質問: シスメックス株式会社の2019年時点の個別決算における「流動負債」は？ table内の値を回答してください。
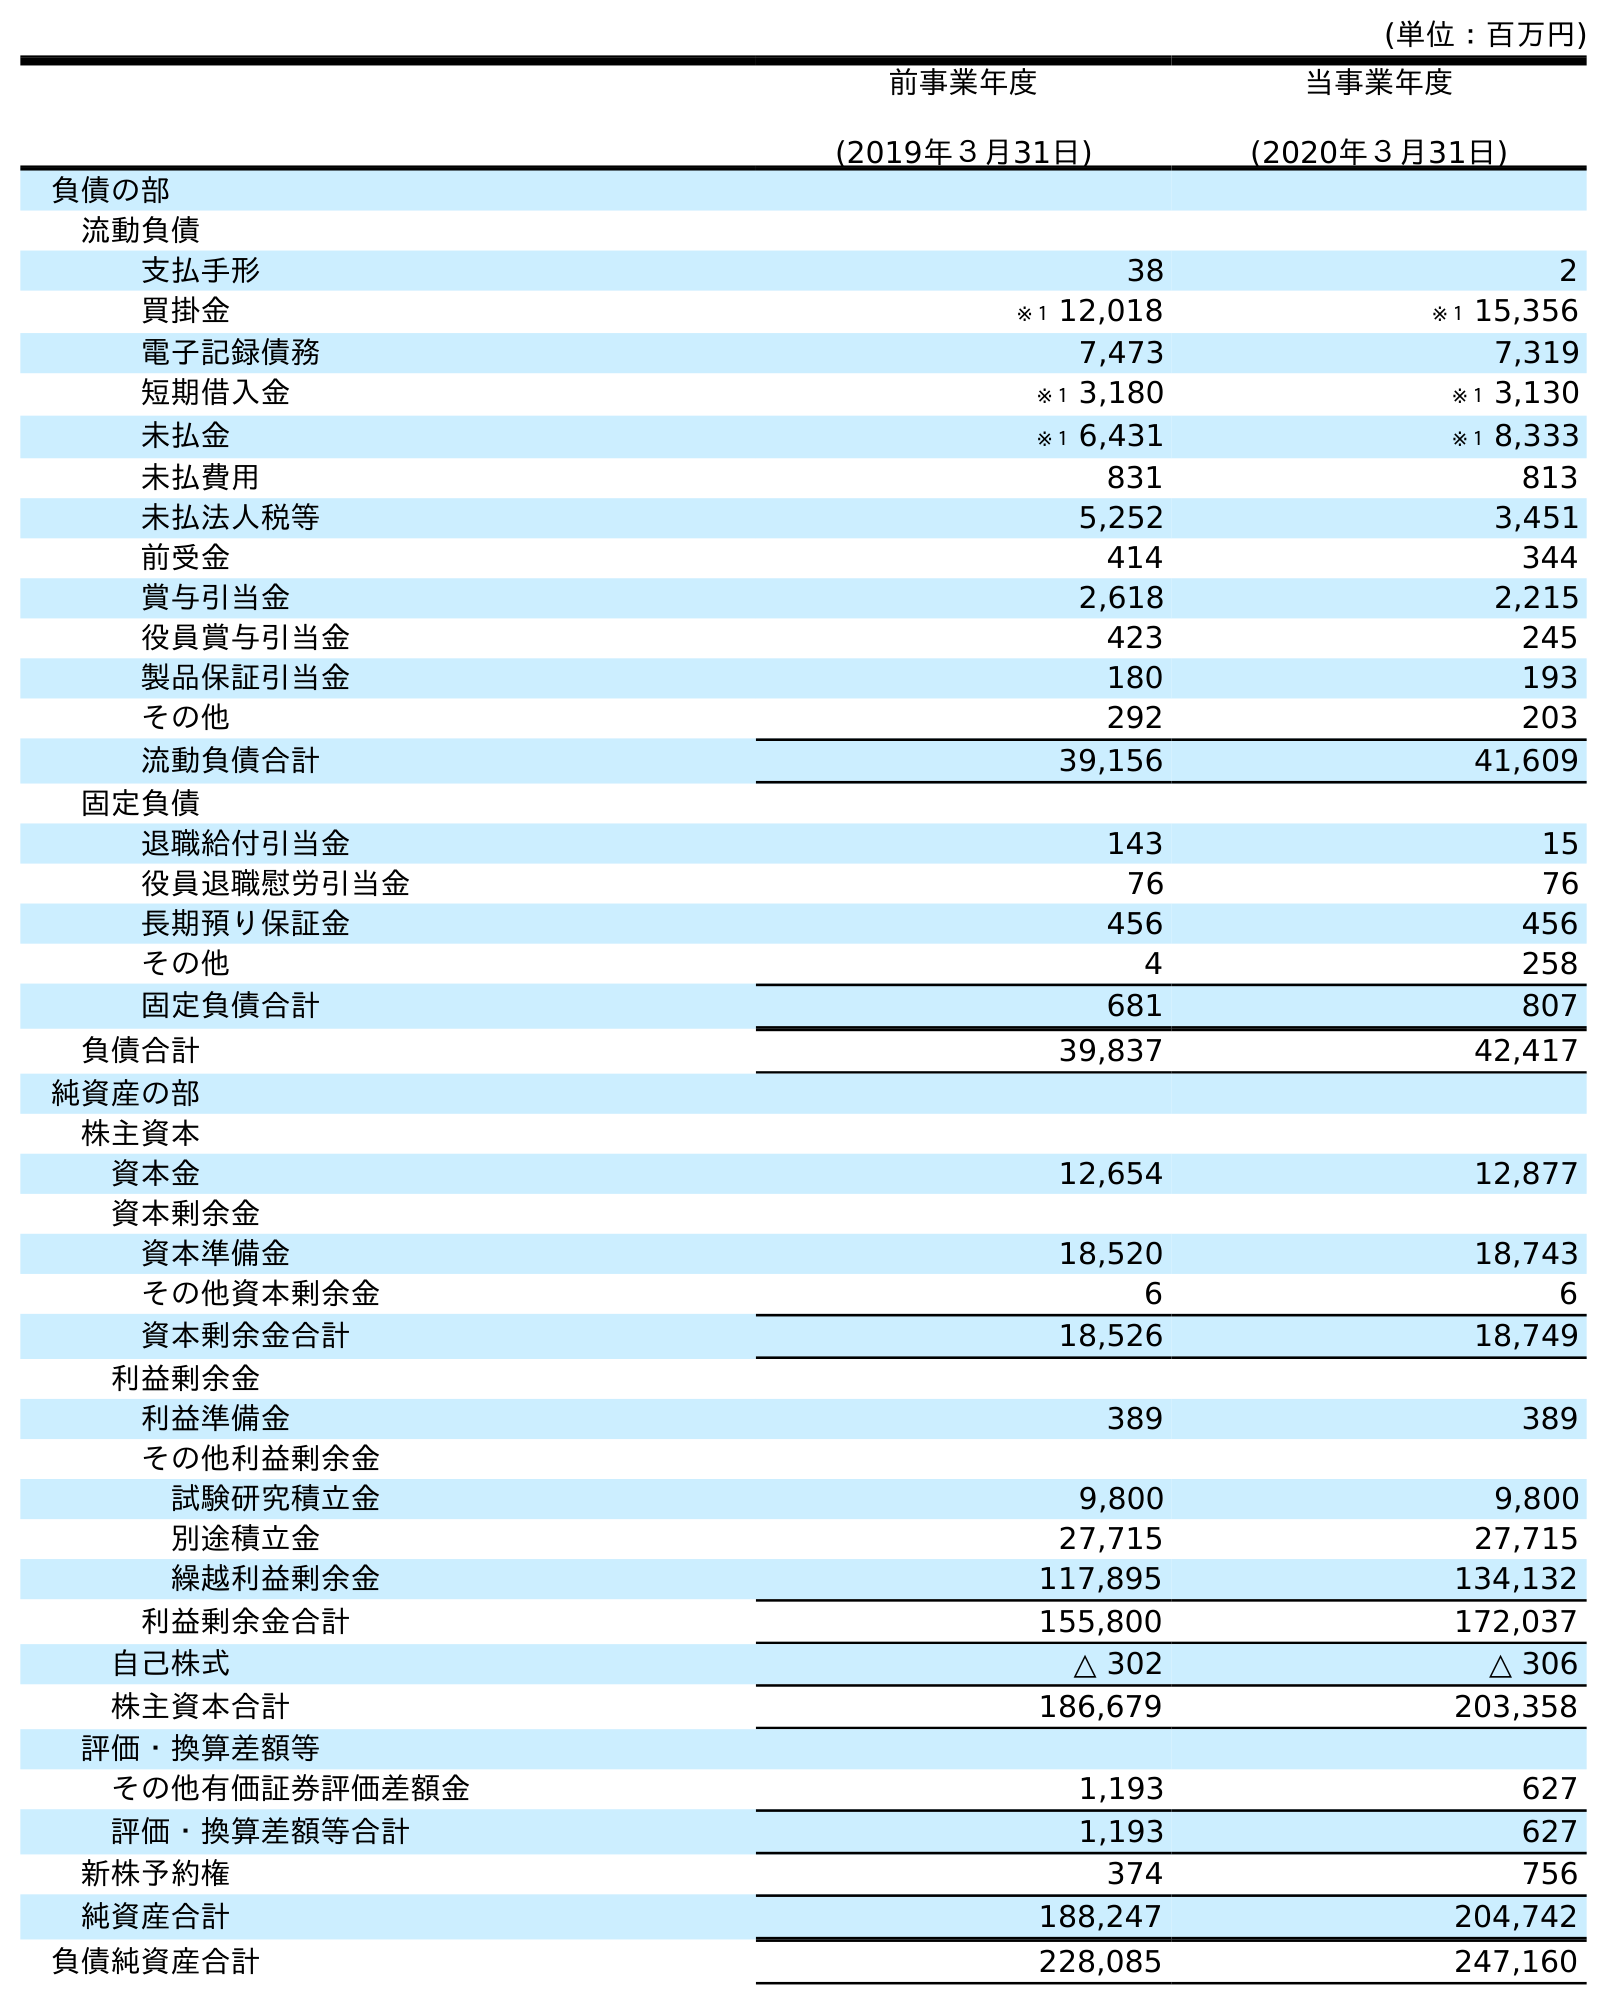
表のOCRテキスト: (単位：百万円) 前事業年度 (2019年３月31日) 当事業年度 (2020年３月31日) 負債の部 流動負債 支払手形 38 2 買掛金 ※１ 12,018 ※１ 15,356 電子記録債務 7,473 7,319 短期借入金 ※１ 3,180 ※１ 3,130 未払金 ※１ 6,431 ※１ 8,333 未払費用 831 813 未払法人税等 5,252 3,451 前受金 414 344 賞与引当金 2,618 2,215 役員賞与引当金 423 245 製品保証引当金 180 193 その他 292 203 流動負債合計 39,156 41,609 固定負債 退職給付引当金 143 15 役員退職慰労引当金 76 76 長期預り保証金 456 456 その他 4 258 固定負債合計 681 807 負債合計 39,837 42,417 純資産の部 株主資本 資本金 12,654 12,877 資本剰余金 資本準備金 18,520 18,743 その他資本剰余金 6 6 資本剰余金合計 18,526 18,749 利益剰余金 利益準備金 389 389 その他利益剰余金 試験研究積立金 9,800 9,800 別途積立金 27,715 27,715 繰越利益剰余金 117,895 134,132 利益剰余金合計 155,800 172,037 自己株式 △ 302 △ 306 株主資本合計 186,679 203,358 評価・換算差額等 その他有価証券評価差額金 1,193 627 評価・換算差額等合計 1,193 627 新株予約権 374 756 純資産合計 188,247 204,742 負債純資産合計 228,085 247,160
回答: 39,156